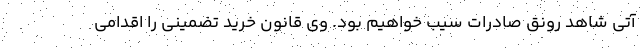
آتی شاهد رونق صادرات سیب خواهیم بود. وی قانون خرید تضمینی را اقدامی